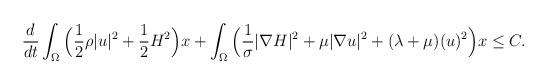
LaTeX: \begin{align*}&\frac{d}{dt}\int_{\Omega} \Big(\frac{1}{2}\rho |u|^2+\frac{1}{2}H^2\Big) x+\int_{\Omega} \Big(\frac{1}{\sigma}|\nabla H|^2+\mu |\nabla u|^2+(\lambda+\mu)(u)^2\Big)x\leq C.\end{align*}